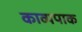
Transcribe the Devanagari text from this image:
काव्यपाक